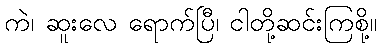
ကဲ၊ ဆူးလေ ရောက်ပြီ၊ ငါတို့ဆင်းကြစို့။